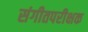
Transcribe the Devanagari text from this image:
संगीतपरीक्षक